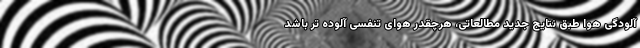
آلودگی هوا طبق نتایج جدید مطالعاتی، هرچقدر هوای تنفسی آلوده تر باشد